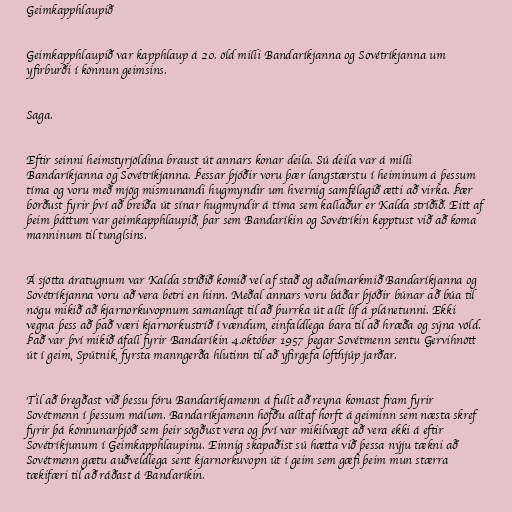
Geimkapphlaupið

Geimkapphlaupið var kapphlaup á 20. öld milli Bandaríkjanna og Sovétríkjanna um
yfirburði í könnun geimsins.

Saga.

Eftir seinni heimstyrjöldina braust út annars konar deila. Sú deila var á milli
Bandaríkjanna og Sovétríkjanna. Þessar þjóðir voru þær langstærstu í heiminum á þessum
tíma og voru með mjög mismunandi hugmyndir um hvernig samfélagið ætti að virka. Þær
börðust fyrir því að breiða út sínar hugmyndir á tíma sem kallaður er Kalda stríðið. Eitt af
þeim þáttum var geimkapphlaupið, þar sem Bandaríkin og Sovétríkin kepptust við að koma
manninum til tunglsins.

Á sjötta áratugnum var Kalda stríðið komið vel af stað og aðalmarkmið Bandaríkjanna og
Sovétríkjanna voru að vera betri en hinn. Meðal annars voru báðar þjóðir búnar að búa til
nógu mikið að kjarnorkuvopnum samanlagt til að þurrka út allt líf á plánetunni. Ekki
vegna þess að það væri kjarnorkustríð í vændum, einfaldlega bara til að hræða og sýna völd.
Það var því mikið áfall fyrir Bandaríkin 4.október 1957 þegar Sovétmenn sentu Gervihnött
út í geim, Spútnik, fyrsta manngerða hlutinn til að yfirgefa lofthjúp jarðar.

Til að bregðast við þessu fóru Bandaríkjamenn á fullt að reyna komast fram fyrir
Sovétmenn í þessum málum. Bandaríkjamenn höfðu alltaf horft á geiminn sem næsta skref
fyrir þá könnunarþjóð sem þeir sögðust vera og því var mikilvægt að vera ekki á eftir
Sovétríkjunum í Geimkapphlaupinu. Einnig skapaðist sú hætta við þessa nýju tækni að
Sovétmenn gætu auðveldlega sent kjarnorkuvopn út í geim sem gæfi þeim mun stærra
tækifæri til að ráðast á Bandaríkin.